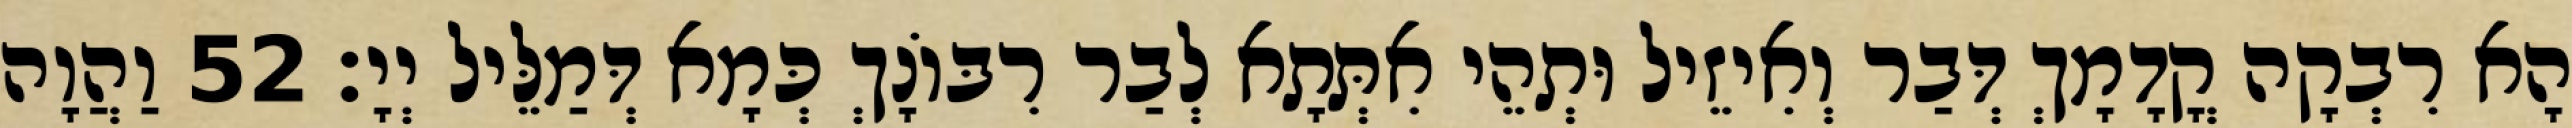
הָא רִבְקָה קֳדָמָךְ דְּבַר וְאִיזֵיל וּתְהֵי אִתְּתָא לְבַר רִבּוֹנָךְ כְּמָא דְּמַלֵּיל יְיָ׃ 52 וַהֲוָה